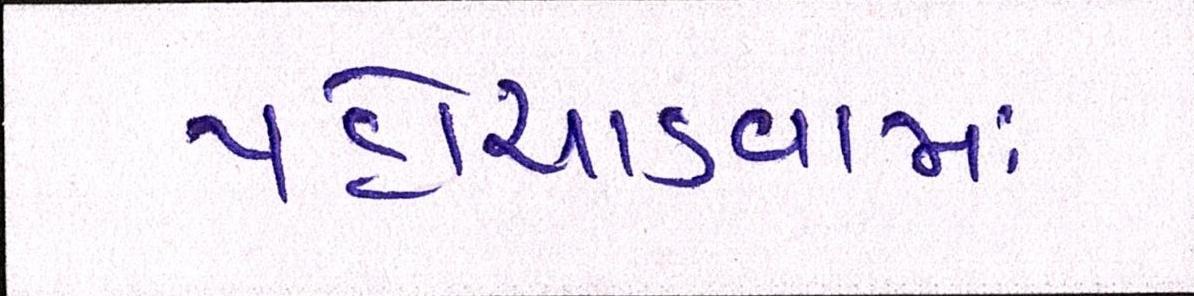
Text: પહોંચાડવામાં